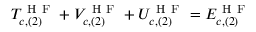
T _ { c , ( 2 ) } ^ { \mathrm { ~ H ~ F ~ } } + V _ { c , ( 2 ) } ^ { \mathrm { ~ H ~ F ~ } } + U _ { c , ( 2 ) } ^ { \mathrm { ~ H ~ F ~ } } = E _ { c , ( 2 ) } ^ { \mathrm { ~ H ~ F ~ } }